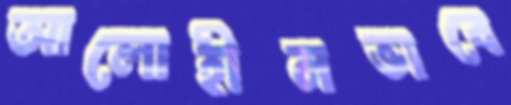
আলোহীনভাবে